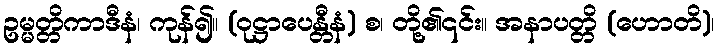
ဥမ္မတ္တိကာဒီနံ၊ ကုန်၍။ (ဝုဋ္ဌာပေန္တီနံ) စ၊ တို့၏၎င်း။ အနာပတ္တိ (ဟောတိ)၊